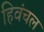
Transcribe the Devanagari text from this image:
हिवंचल